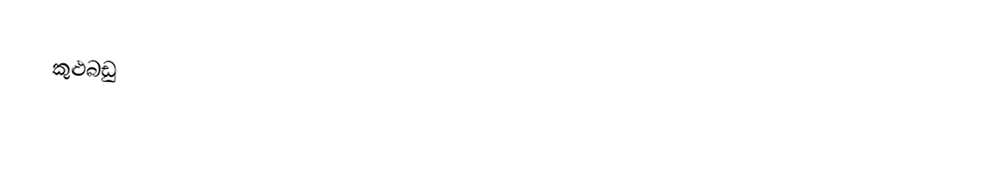
කුළුබඩු